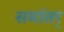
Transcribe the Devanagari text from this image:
समांतर्